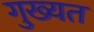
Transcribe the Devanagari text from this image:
गुख्यत